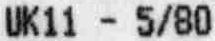
UK11 - 5/80